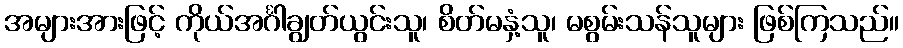
အများအားဖြင့် ကိုယ်အင်္ဂါချွတ်ယွင်းသူ၊ စိတ်မနှံ့သူ၊ မစွမ်းသန်သူများ ဖြစ်ကြသည်။